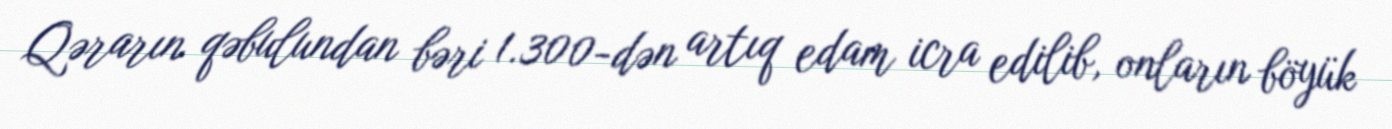
Qərarın qəbulundan bəri 1.300-dən artıq edam icra edilib, onların böyük